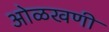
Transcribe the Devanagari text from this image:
ओळखणी